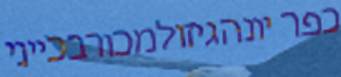
כפר יונהגיזולמכורבכייני